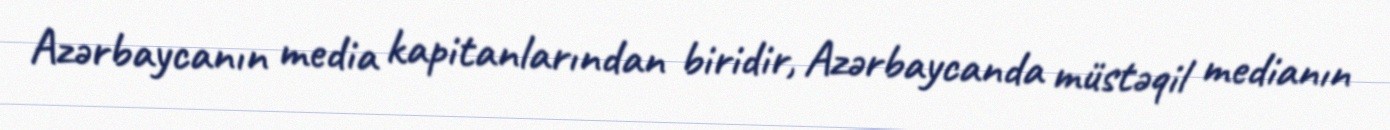
Azərbaycanın media kapitanlarından biridir, Azərbaycanda müstəqil medianın